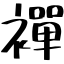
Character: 襌